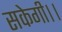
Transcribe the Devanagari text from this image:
सकेगी।।